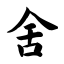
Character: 舍